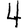
Digit: 4